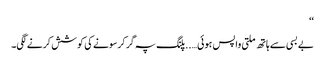
‘‘
بے بسی سے ہاتھ ملتی واپس ہوئی…..پلنگ پہ گر کرسونے کی کوشش کرنے لگی۔